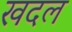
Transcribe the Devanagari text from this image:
खदल